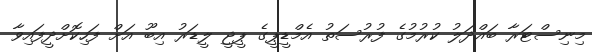
މިނިސްޓަރާ ބައްދަލު ކުރުމުގެ ފުރުސަތު އެމްޑީޕީގެ ޕީޖީ ލީޑަރު އިބޫ އަށް ފަހިކޮށްދީފައިވާ